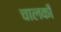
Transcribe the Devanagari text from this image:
चालकोँ